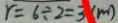
r = 6 \div 2 = 3 ( m )